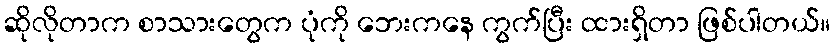
ဆိုလိုတာက စာသားတွေက ပုံကို ဘေးကနေ ကွက်ပြီး ထားရှိတာ ဖြစ်ပါတယ်။